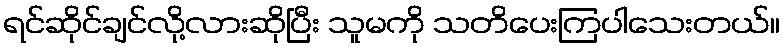
ရင်ဆိုင်ချင်လို့လားဆိုပြီး သူမကို သတိပေးကြပါသေးတယ်။